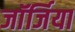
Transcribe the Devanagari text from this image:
जाॅर्जिया